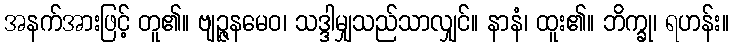
အနက်အားဖြင့် တူ၏။ ဗျဉ္ဇနမေဝ၊ သဒ္ဒါမျှသည်သာလျှင်။ နာနံ၊ ထူး၏။ ဘိက္ခု၊ ရဟန်း။